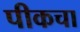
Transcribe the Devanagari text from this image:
पीकचा